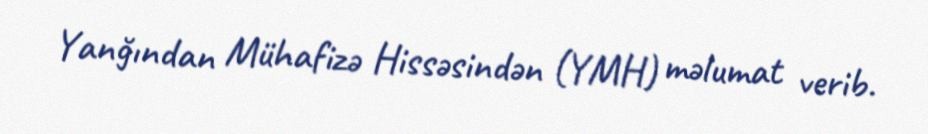
Yanğından Mühafizə Hissəsindən (YMH) məlumat verib.